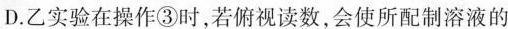
D.乙实验在操作③时，若俯视读数，会使所配制溶液的